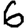
Digit: 6